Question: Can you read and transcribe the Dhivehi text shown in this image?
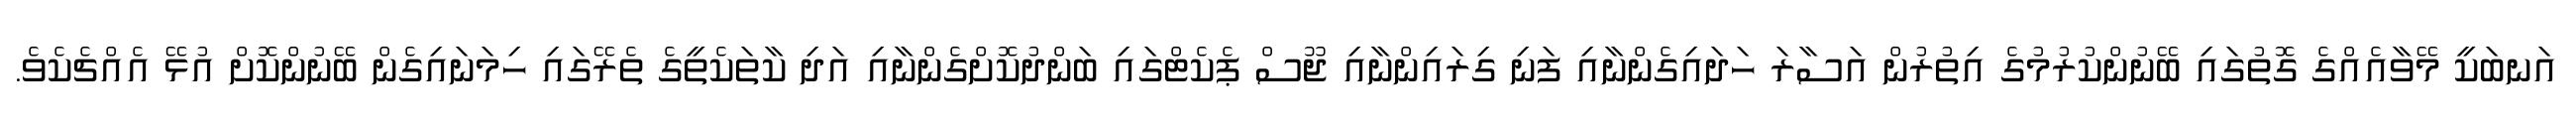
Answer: އަނބަކީ މޭވާއެއްގެ ގޮތުގައި ބޭނުންކުރުމުގެ އިތުރުން އަސާރަ ހަދައިގެންނާއި ފަނި ގިރައިންނާއި ޖޫސް ޕެކެޓްގައި ބަންދުކޮށްގެންނާއި އަދި ކާތަކެތީގެ ތެރޭގައި ހިމަނައިގެން ބޭނުންކޮށް އުޅޭ އެއްޗެކެވެ.